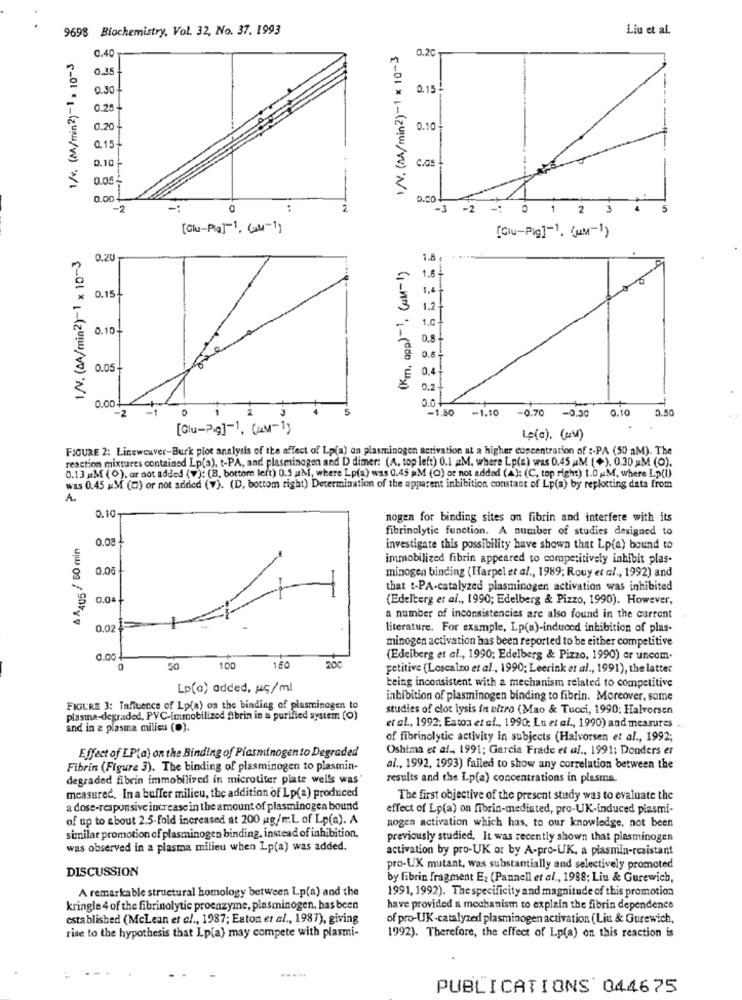
9698 Biochemistry, Vol. 32, No. 37. 1993
Liu et al.
\N. (AA/min2)-1 x 10-3
0.20
1/v. (M/min2)-1 = 10-3
0.40
0.35
0.30
0.15-
0.25
0.20
0.10
Q.15
0.10
0.05
0.00
0.00
-2
-.
0
..
-3 -2 - 0 1 2 3 . 3
[Glu-Pla]-1, Com-1)
[Glu-Pig]-1. (uM-1)
1.N. (AA/min2)-1 × 10-3
0.20
(Km, app)-1, (a-1)
1.8
1.8
1,4
0.15-
1.2-
1.0
0.10+
0,8
0.8
0.05-
0.4
0.2
0.00.
-2
0
0.0
-1.50 -1.10
-0.70 -0.30
0.10
0.50
[Glu-Pig]-1, (-1)
Le(a). (RM)
FIGURE 2: Linewowver-Burk plot analysis of the affect of Lp(a) on plasminogen activation at a higher concentration of :. PA (50 aM). The
reaction mixtures contained Lp(a), t-PA, and plasminogen and D dimer: (A. top left) 0.1 #M. where Lp(a) was 0.45 MM (+). 0.30 M (0).
0.13 MM (0), ar not added (v): (B, bottom left) 0.5 M, where Lp(a) was 0.45 #M (O) or not added (A): (C. top right) 1.0 MM. where Lp(1)
was 0.45 &M (0) or not added (v). (D, bottom right) Determination of the apparent inhibition constant of Lp(a) by replotting data from
A.
0.10
nogen for binding sites on fibrin and interfere with its
fibrinolytic function. A number of studies designed to
& A405 / 50 min
investigate this possibility have shown that Lp(a) bound to
immobilized fibrin appeared to competitively inhibit plas-
0.05
minogen binding (Harpel et al ., 1989; Rouy et al ., 1992) and
that t-PA-catalyzed plasminogen activation was inhibited
0.04
(Edelberg et al ., 1990; Edelberg & Pizzo, 1990). However,
a number of inconsistencies are also found in the current
0.02
literature. For example, Lp(a)-induced inhibition of plas-
minogen activation has been reported to be either competitive
0.00 .
200
(Edelberg et al ., 1990; Edelberg & Pizzo, 1990) ar uncom.
50
100
160
petitive (Loscalzo et al ., 1990; Leerink et al ., 1991), the latter
Lp(a) added, uç/ml
being inconsistent with a mechanism related to competitive
inhibition of plasminogen binding to fibrin. Moreover, some
FIGURE 3: Tahiuence of Lp(a) os the binding of plasminegen to
studies of clot lysis in vitro (Mao & Tucci, 1990: Halvorsen
plasma-degraded, PVC-immobilized fibrin in a purified system (O)
and in z plasma milieu (0).
et al ., 1992; Eaton et al ., 1990; Lu et al ., 1990) and measures ..
of fibrinolytic activity in subjects (Halvorsen et al ., 1992;
Effect of LP(a) on the Binding of Plasminogen to Degraded
Oshima et al ., 1991; Garcia Frade et al ., 1991; Donders er
Fibrin (Figure 3). The binding of plasminogen to plasmin-
al ., 1992, 1993) failed to show any correlation between the
degraded fibrin immobilized in microtiter plate wells was
results and the Lp(a) concentrations in plasma.
measured, In a buffer milieu, the addition of Lp(a) produced
The first objective of the present study was to evaluate the
a dose-responsive increase in the amount of plasminogen bound
effect of Lp(a) on fibrin-mediated, pro-UK-induced plasmi-
of up to about 2.5-fold increased at 200 ug/m.L of Lp(a). A
nogen activation which has, to our knowledge, not been
similar promotion of plasminogen binding, instead of inhibition,
previously studied, It was recently shown that plasminogen
was observed in a plasma milieu when Lp(a) was added.
activation by pro-UK or by A-pro-UK, a plasmin-resistant
DISCUSSION
pro-UK mutant, was substantially and selectively promoted
by fibrin fragment E2 (Pannell et al ., 1988; Liu & Gurewich,
A remarkable structural homology between Lp(a) and the
1991, 1992). The specificity and magnitude of this promotion
kringle 4 of the fibrinolytic proenzyme, plasminogen, has been
have provided a mechanism to explain the fibrin dependence
established (McLean et al ., 1987; Exton et al ., 1987), giving
of pro-UK-catalyzed plasminogen activation (Liu & Gurewich,
rise to the hypothesis that Lp(a) may compete with plasmi-
1992). Therefore, the effect of Lp(a) on this reaction is
......
PUBLICATIONS 044675